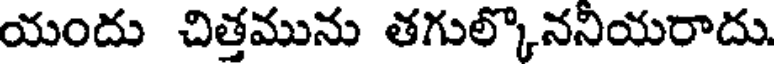
యందు చిత్తమును తగుల్కొననియరాదు.